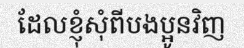
ដែលខ្ញុំសុំពីបងប្អូនវិញ